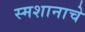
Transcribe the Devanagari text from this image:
स्मशानाचे